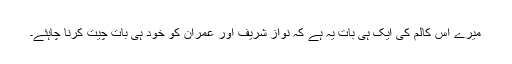
میرے اس کالم کی ایک ہی بات یہ ہے کہ نواز شریف اور عمران کو خود ہی بات چیت کرنا چاہئے۔